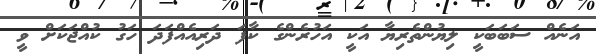
އަނެއް ސަބަބަކީ ލިޔުންތެރިޔާ އަކީ އަހުރެންގެ ކާފަ ދަރިއެއްފަދަ ހަގު ކުއްޖަކަށް ވީ